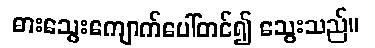
ဓားသွေးကျောက်ပေါ်တင်၍ သွေးသည်။